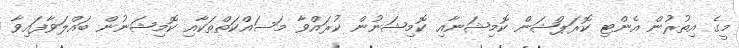
މީގެ އިތުރުން އެންޓި ކޮރަޕްޝަން ކޮމިޝަނާއި ކޮމިޝަނުން ކުރައްވާ މަސައްކަތްތަކާއި ކޮމިޝަނުން ބައްލަވާފައިވާ